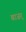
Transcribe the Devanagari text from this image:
बाजर्